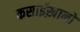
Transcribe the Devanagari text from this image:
कसाईख़ानों